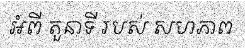
អំពី តួនាទី របស់ សហភាព